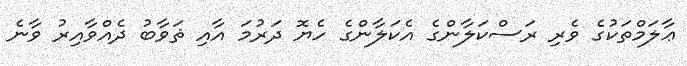
ޢާލަމްތަކުގެ ވެރި ރަސްކަލާންގެ އެކަލާންގެ ހެޔޮ ދަރުމަ އާއި ޘަވާބު ދެއްވާއިރު ވާނެ